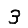
Digit: 3